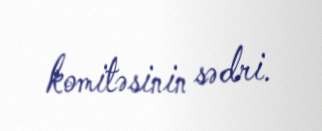
komitəsinin sədri.